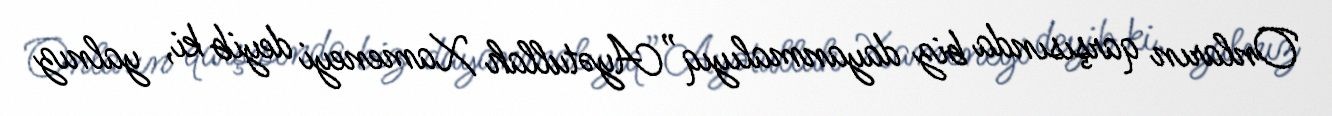
Onların qarşısında biz dayanmalıyıq”Ayətullah Xameneyi deyib ki, yalnız